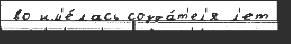
во им'е́лась созда́т'ел'я л'ет